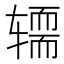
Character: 𰺚